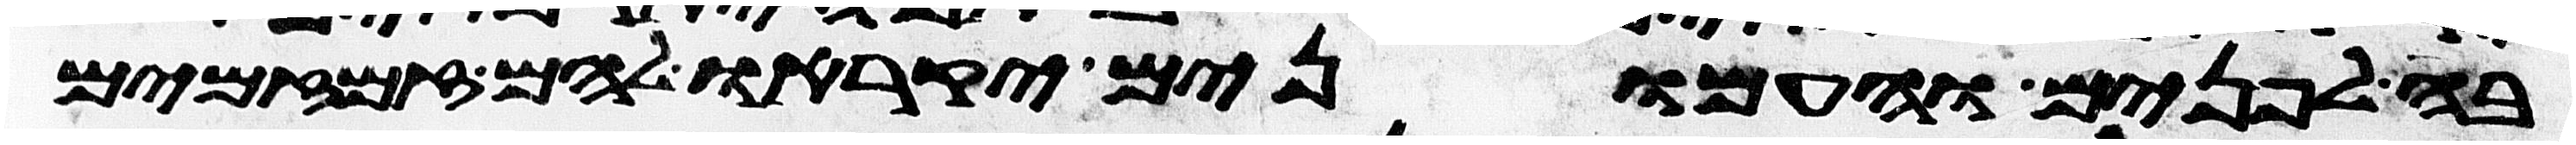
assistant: בה לפנים והעמונים יקראו להם זמזמים